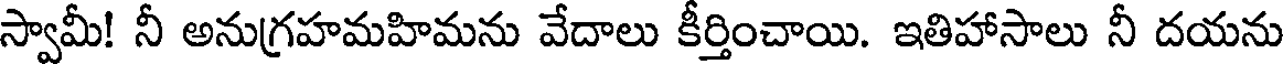
స్వామీ! నీ అనుగ్రహమహిమను వేదాలు కీర్తించాయి. ఇతిహాసాలు నీ దయను